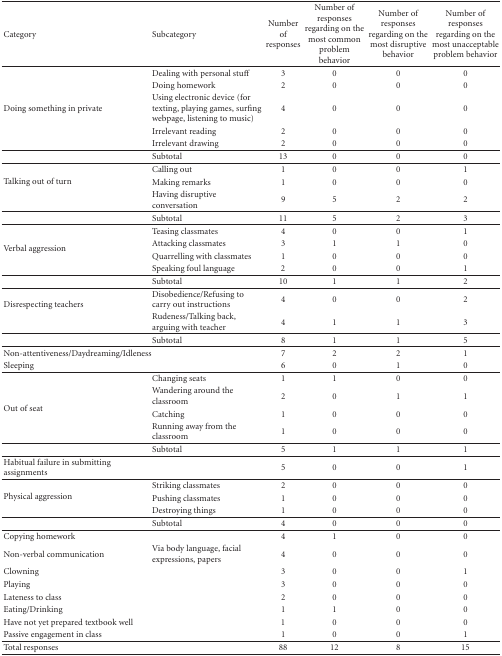
<table><thead><tr><td><b>Category</b></td><td><b>Subcategory</b></td><td><b>Number of responses</b></td><td><b>Number of responses regarding on the most common problem behavior</b></td><td><b>Number of responses regarding on the most disruptive behavior</b></td><td><b>Number of responses regarding on the most unacceptable problem behavior</b></td></tr></thead><tbody><tr><td></td><td>Dealing with personal stuff</td><td>3</td><td>0</td><td>0</td><td>0</td></tr><tr><td></td><td>Doing homework</td><td>2</td><td>0</td><td>0</td><td>0</td></tr><tr><td>Doing something in private</td><td>Using electronic device (for texting, playing games, surfing webpage, listening to music)</td><td>4</td><td>0</td><td>0</td><td>0</td></tr><tr><td></td><td>Irrelevant reading</td><td>2</td><td>0</td><td>0</td><td>0</td></tr><tr><td></td><td>Irrelevant drawing</td><td>2</td><td>0</td><td>0</td><td>0</td></tr><tr><td></td><td>Subtotal</td><td>13</td><td>0</td><td>0</td><td>0</td></tr><tr><td rowspan="3">Talking out of turn</td><td>Calling out</td><td>1</td><td>0</td><td>0</td><td>1</td></tr><tr><td>Making remarks</td><td>1</td><td>0</td><td>0</td><td>0</td></tr><tr><td>Having disruptive conversation</td><td>9</td><td>5</td><td>2</td><td>2</td></tr><tr><td></td><td>Subtotal</td><td>11</td><td>5</td><td>2</td><td>3</td></tr><tr><td rowspan="4">Verbal aggression</td><td>Teasing classmates</td><td>4</td><td>0</td><td>0</td><td>1</td></tr><tr><td>Attacking classmates</td><td>3</td><td>1</td><td>1</td><td>0</td></tr><tr><td>Quarrelling with classmates</td><td>1</td><td>0</td><td>0</td><td>0</td></tr><tr><td>Speaking foul language</td><td>2</td><td>0</td><td>0</td><td>1</td></tr><tr><td></td><td>Subtotal</td><td>10</td><td>1</td><td>1</td><td>2</td></tr><tr><td rowspan="2">Disrespecting teachers</td><td>Disobedience/Refusing to carry out instructions</td><td>4</td><td>0</td><td>0</td><td>2</td></tr><tr><td>Rudeness/Talking back, arguing with teacher</td><td>4</td><td>1</td><td>1</td><td>3</td></tr><tr><td></td><td>Subtotal</td><td>8</td><td>1</td><td>1</td><td>5</td></tr><tr><td>Non-attentiveness/Daydreaming/Idleness</td><td></td><td>7</td><td>2</td><td>2</td><td>1</td></tr><tr><td>Sleeping</td><td></td><td>6</td><td>0</td><td>1</td><td>0</td></tr><tr><td rowspan="4">Out of seat</td><td>Changing seats</td><td>1</td><td>1</td><td>0</td><td>0</td></tr><tr><td>Wandering around the classroom</td><td>2</td><td>0</td><td>1</td><td>1</td></tr><tr><td>Catching</td><td>1</td><td>0</td><td>0</td><td>0</td></tr><tr><td>Running away from the classroom</td><td>1</td><td>0</td><td>0</td><td>0</td></tr><tr><td></td><td>Subtotal</td><td>5</td><td>1</td><td>1</td><td>1</td></tr><tr><td>Habitual failure in submitting assignments</td><td></td><td>5</td><td>0</td><td>0</td><td>1</td></tr><tr><td rowspan="3">Physical aggression</td><td>Striking classmates</td><td>2</td><td>0</td><td>0</td><td>0</td></tr><tr><td>Pushing classmates</td><td>1</td><td>0</td><td>0</td><td>0</td></tr><tr><td>Destroying things</td><td>1</td><td>0</td><td>0</td><td>0</td></tr><tr><td></td><td>Subtotal</td><td>4</td><td>0</td><td>0</td><td>0</td></tr><tr><td>Copying homework</td><td></td><td>4</td><td>1</td><td>0</td><td>0</td></tr><tr><td>Non-verbal communication</td><td>Via body language, facial expressions, papers</td><td>4</td><td>0</td><td>0</td><td>0</td></tr><tr><td>Clowning</td><td></td><td>3</td><td>0</td><td>0</td><td>1</td></tr><tr><td>Playing</td><td></td><td>3</td><td>0</td><td>0</td><td>0</td></tr><tr><td>Lateness to class</td><td></td><td>2</td><td>0</td><td>0</td><td>0</td></tr><tr><td>Eating/Drinking</td><td></td><td>1</td><td>1</td><td>0</td><td>0</td></tr><tr><td>Have not yet prepared textbook well</td><td></td><td>1</td><td>0</td><td>0</td><td>0</td></tr><tr><td>Passive engagement in class</td><td></td><td>1</td><td>0</td><td>0</td><td>1</td></tr><tr><td>Total responses</td><td></td><td>88</td><td>12</td><td>8</td><td>15</td></tr></tbody></table>